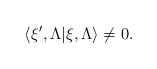
\begin{align*}\langle \xi' , \Lambda | \xi, \Lambda \rangle \not= 0 .\end{align*}